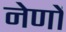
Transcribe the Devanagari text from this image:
नेणों